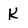
Character: K